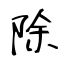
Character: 除